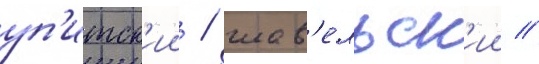
уп'итск'ии / шав'ельск'ии //